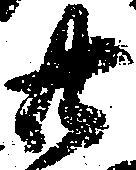
廿